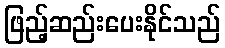
ဖြည့်ဆည်းပေးနိုင်သည်